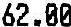
62.00